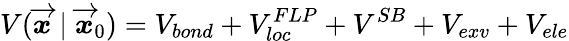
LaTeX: V(\overrightarrow{\mathbfit{x}}\mid\overrightarrow{\mathbfit{x}}_{0})=V_{bond}+V_{loc}^{FLP}+V^{SB}+V_{exv}+V_{ele}